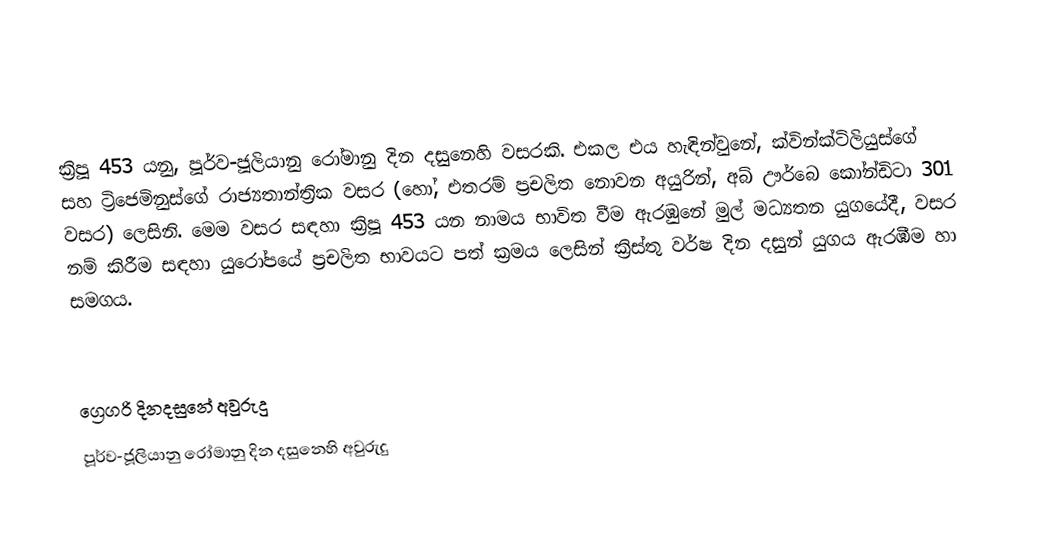

ක්‍රිපූ 453 යනු, පූර්ව-ජූලියානු රෝමානු දින දසුනෙහි වසරකි. එකල එය හැඳින්වුනේ, ක්වින්ක්ටිලියුස්ගේ සහ ට්‍රිජෙමිනුස්ගේ රාජ්‍යතාන්ත්‍රික වසර (හෝ, එතරම් ප්‍රචලිත නොවන අයුරින්, අබ් ඌර්බෙ කෝන්ඩිටා 301 වසර) ලෙසිනි. මෙම වසර සඳහා ක්‍රිපූ 453 යන නාමය භාවිත වීම ඇරඹුනේ මුල්  මධ්‍යතන යුගයේදී, වසර නම් කිරීම සඳහා යුරෝපයේ ප්‍රචලිත භාවයට පත් ක්‍රමය ලෙසින් ක්‍රිස්තු වර්ෂ දින දසුන් යුගය ඇරඹීම හා සමගය.

ග්‍රෙගරි දිනදසුනේ අවුරුදු
පූර්ව-ජූලියානු රෝමානු දින දසුනෙහි අවුරුදු